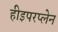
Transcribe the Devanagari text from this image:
हीइपरप्लेन